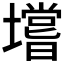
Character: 𰊺